Lunatic asylums Central Provinces reports 1886-1894 - 1886-1894
Year: 1886
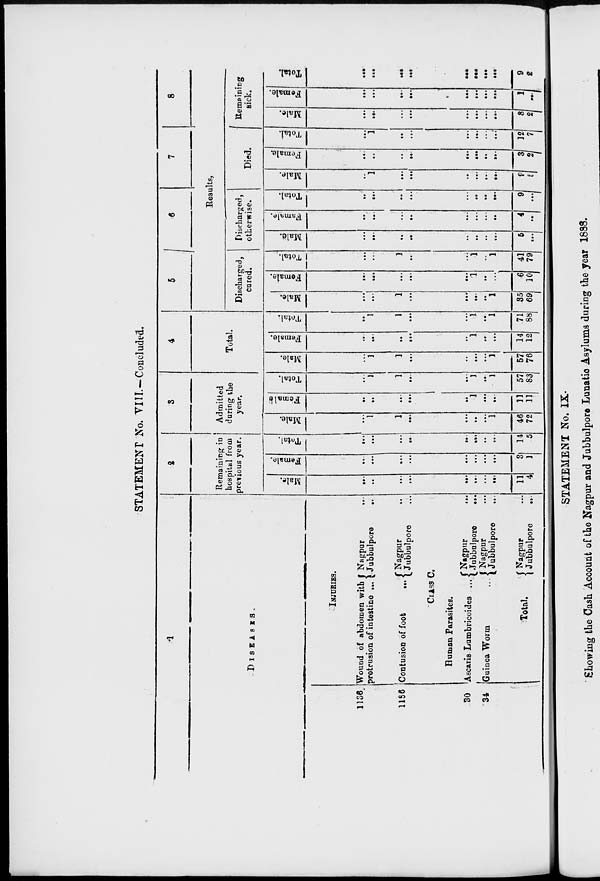
STATEMENT No. VIII.-Concluded.
1
DISEASES.
1136
1186
30
34
INJURIES.
Wound of abdomen with
protrusion of intestine ...
Contusion of foot
...
Nagpur ...
Jubbulpore
...
Nagpur
...
Jubbulpore ...
CLASS C.
Human Parasites.
Ascaris Lumbricoides ...
Guinea Worm ...
Total.
Nagpur ...
Jubbulpore
...
Nagpur ...
Jubbulpore
...
Nagpur ...
Jubbulpore
...
2
Remaining in
hospital from
previous year.
Male.
...
...
...
...
...
...
...
...
11
4
Female.
...
...
...
...
...
...
...
...
3
1
Total.
...
...
...
...
...
...
...
...
14
5
3
Admitted
during the
year.
Male.
...
1
1
...
...
...
...
1
46
72
Female
...
...
...
...
...
1
...
...
11
11
Total.
...
1
1
...
...
1
...
1
57
83
4
Total.
Male.
...
1
1
...
...
...
...
1
57
76
Female.
...
...
...
...
...
1
...
...
14
12
Total.
...
1
1
...
...
1
...
1
71
88
5
6
7
8
Results,
Discharged,
cured.
Male.
...
...
1
...
...
...
...
1
35
69
Female.
...
...
...
...
...
1
...
...
6
10
Total.
...
...
1
...
...
1
...
1
41
79
Discharged,
otherwise.
Male.
...
...
...
...
...
...
...
...
5
...
Female.
...
...
...
...
...
...
...
...
4
...
Total.
...
...
...
...
...
...
...
...
9
...
Died.
Male.
...
1
...
...
...
...
...
...
9
5
Female.
...
...
...
...
...
...
...
...
3
2
Total
...
1
...
...
...
...
...
...
12
7
Remaining
sick.
Male.
...
...
...
...
...
...
...
...
8
2
Female.
...
...
...
...
...
...
...
...
1
....
Total.
...
...
...
...
...
...
...
...
9
2